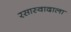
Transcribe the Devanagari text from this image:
रसास्वादाला